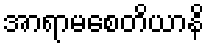
အာရာမစေတိယာနိ